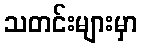
သတင်းများမှာ